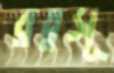
রত্নসূ